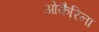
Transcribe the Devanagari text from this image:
ओकैरिना